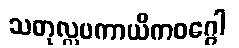
သတုလ္လပကာယိကဝဂ္ဂေါ